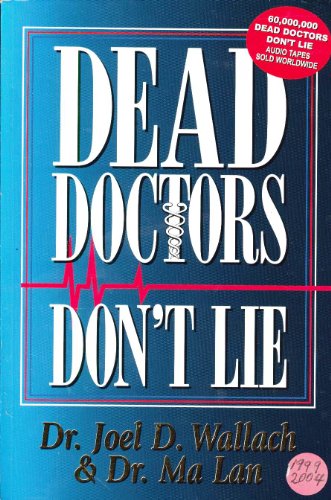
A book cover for Dead Doctors Don't Lie; Joel D. Wallach; Health, Fitness & Dieting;